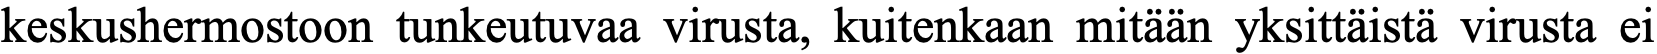
keskushermostoon tunkeutuvaa virusta, kuitenkaan mitään yksittäistä virusta ei